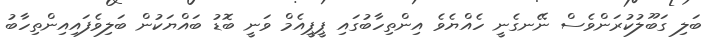
ބަލި ގަބޫލުކުރަންވެސް ނޭނގެނީ ހެއްޔެވެ އިންތިހާބުގައި ޕީޕީއެމް ވަނީ ބޮޑު ބައްޔަކުން ބަލިވެފައިއިންތިހާބު